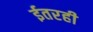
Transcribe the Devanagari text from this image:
ईतरही